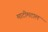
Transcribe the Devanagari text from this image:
माटीमटाल